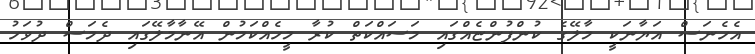
އެހެނަސް އަޔާނަކީ މާލޭގެ ކުންފުންޏެއްގައި މަސައްކަތް ކުރާ މީހެއްކަމުން އޭނާމާލޭގައި ދެމަސް ދުވަހު